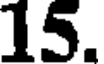
15.